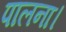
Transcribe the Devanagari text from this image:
पालना।